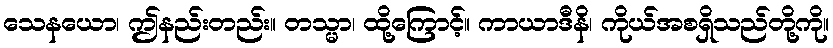
သေနယော၊ ဤနည်းတည်း။ တသ္မာ၊ ထို့ကြောင့်။ ကာယာဒီနိ၊ ကိုယ်အစရှိသည်တို့ကို။